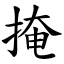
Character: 掩